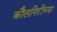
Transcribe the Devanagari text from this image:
कौलगिरीच्या